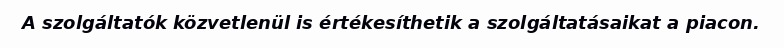
A szolgáltatók közvetlenül is értékesíthetik a szolgáltatásaikat a piacon.